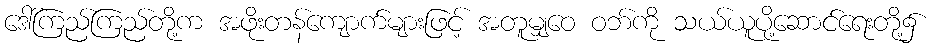
ဒေါ်ကြည်ကြည်တို့က အဖိုးတန်ကျောက်များဖြင့် အတူမျှဝေ ဝဘ်ကို သယ်ယူပို့ဆောင်ရေးတို့၌